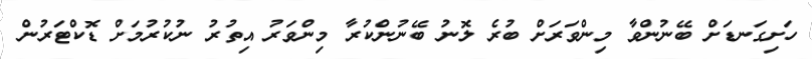
ހަށިގަނޑަށް ބޭނުންވާ މިންވަރަށް ބުރެ ލޮނު ބޭނުންކުރާ މިންވަރު އިތުރު ނުކުރުމަށް ޑޮކްޓަރުން